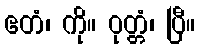
ဧတံ၊ ကို။ ဝုတ္တံ၊ ပြီ။